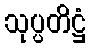
သုပ္ပတိဋ္ဌံ